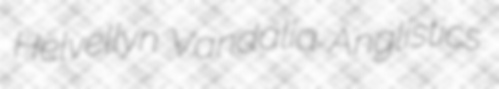
Helvellyn Vandalia Anglistics